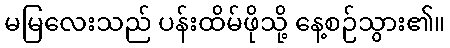
မမြလေးသည် ပန်းထိမ်ဖိုသို့ နေ့စဉ်သွား၏။